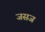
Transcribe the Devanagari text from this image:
जसज